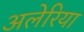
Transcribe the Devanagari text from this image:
अलेरिया